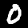
Label: 0